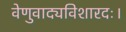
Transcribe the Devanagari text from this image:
वेणुवाद्यविशारदः।